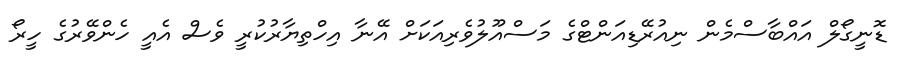
ޑޮނީގޯލް އައްބާސްމެން ނިއުރޭޑިއަންޓްގެ މަސްއޫލުވެރިއަކަށް އޭނާ އިހްތިޔާރުކުރީ ވެސް އެއީ ހެންވޭރުގެ ހީރޯ